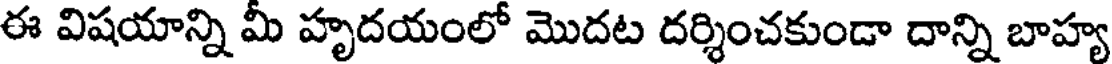
ఈ విషయాన్ని మీ హృదయంలో మొదట దర్శించకుండా దాన్ని బాహ్య